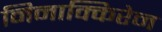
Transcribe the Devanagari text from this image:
निनाक्किरेन